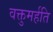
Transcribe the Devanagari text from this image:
वक्तुमर्हति